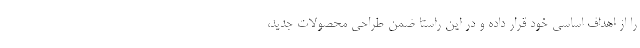
را از اهداف اساسی خود قرار داده و در این راستا ضمن طراحی محصولات جدید،